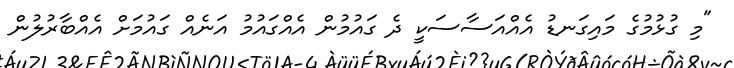
"މި ގުޅުމުގެ މައިގަނޑު އެއްއަސާސަކީ ދެ ގައުމުން އެއްގައުމު އަނެއް ގައުމަށް އެއްބާރުލުން